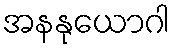
အနနုယောဂါ